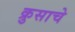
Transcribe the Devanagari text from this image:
क्रुसाचे